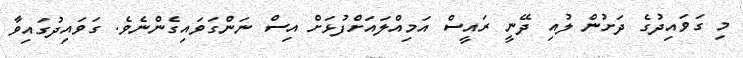
މި ގަވައިދުގެ ދަށުން ލުއި ދޭނީ ރައީސް އަމިއްލައަށްފުޅަށް އިސް ނަންގަވައިގެންނެވެ. ގަވައިދުގައިވާ